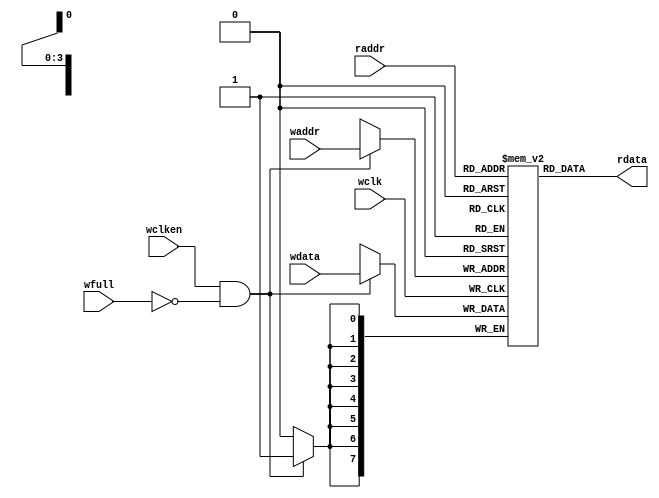
`timescale 1ns / 1ps
//////////////////////////////////////////////////////////////////////////////////
// Company: 
// Engineer: 
// 
// Design Name: 
// Module Name: fifomem
// Project Name: 
// Target Devices: 
// Tool Versions: 
// Description: 
// 
// Dependencies: 
// 
// Revision:
// Revision 0.01 - File Created
// Additional Comments:
// 
//////////////////////////////////////////////////////////////////////////////////


module fifomem #(parameter  DATASIZE = 8, // Memory data word width
parameter  ADDRSIZE = 4) // Number of mem address bits
(output [DATASIZE-1:0] rdata,
input  [DATASIZE-1:0] wdata,
input  [ADDRSIZE-1:0] waddr, raddr,
input                 wclken, wfull, wclk);

// RTL Verilog memory model
localparam DEPTH = 1<<ADDRSIZE;
reg [DATASIZE-1:0] mem [0:DEPTH-1];
assign rdata = mem[raddr];
always @(posedge wclk)
if (wclken && !wfull) mem[waddr] <= wdata;

endmodule